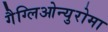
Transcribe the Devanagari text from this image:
गैग्लिओन्युरोमा